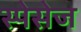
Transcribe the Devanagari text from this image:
स्पेसेज